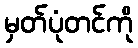
မှတ်ပုံတင်ကို